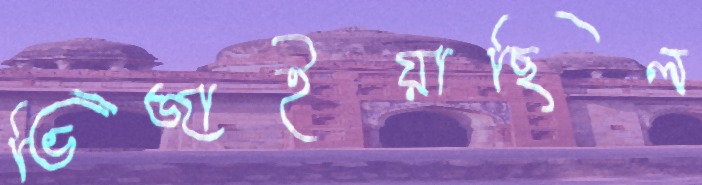
ভিজাইয়াছিল